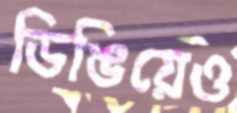
ডিঙিয়েও